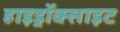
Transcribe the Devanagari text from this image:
हाइड्रॉक्साइट